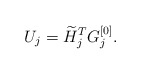
\begin{align*}U_j = \widetilde{H}_j^TG_j^{[0]}.\end{align*}